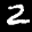
Label: 2